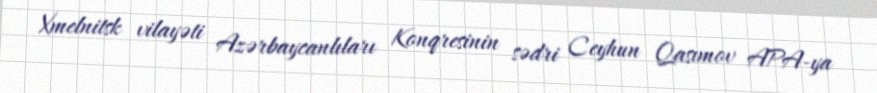
Xmelnitsk vilayəti Azərbaycanlıları Konqresinin sədri Ceyhun Qasımov APA-ya